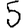
Digit: 5